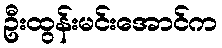
ဦးထွန်းမင်းအောင်က